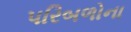
પરિબળોના